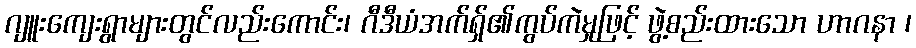
ဂျူးကျေးရွာများတွင်လည်းကောင်း၊ ဂီဒီယံအက်ရှ်၏ကွပ်ကဲမှုဖြင့် ဖွဲ့စည်းထားသော ဟာဂနာ ၊